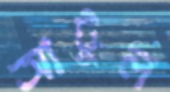
আটুল